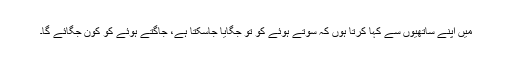
میں اپنے ساتھیوں سے کہا کرتا ہوں کہ سوتے ہوئے کو تو جگایا جاسکتا ہے، جاگتے ہوئے کو کون جگائے گا۔